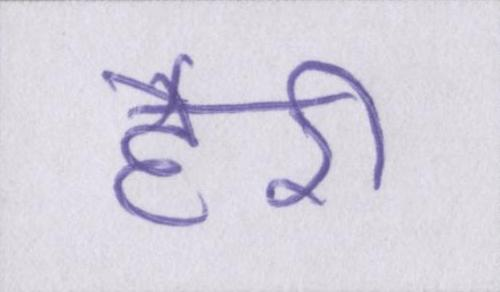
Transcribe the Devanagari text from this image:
हैरी